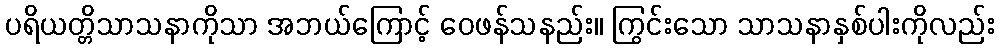
ပရိယတ္တိသာသနာကိုသာ အဘယ်ကြောင့် ဝေဖန်သနည်း။ ကြွင်းသော သာသနာနှစ်ပါးကိုလည်း